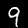
Digit: 9